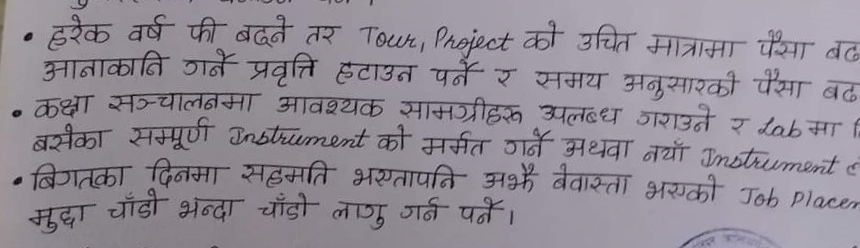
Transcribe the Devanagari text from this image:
हरेक वर्ष फी बढ्ने तर Tour, Project को उचित मात्रामा पैसा बढ्
आनाकानि गर्ने प्रवृत्ति हटाउन पर्ने र समय अनुसारको पैसा बढ्
कक्षा संचालनमा आवश्यक सामग्रीहरू उपलब्ध गराउने र Lab मा बि
बसेका सम्पूर्ण Instrument को मर्मत गर्ने अथवा नयाँ Instrument ह
विगतका दिनमा सहमति भएतापनि अझै बेवास्ता भएको Job Placemen
मुद्दा चाँडो भन्दा चाँडो लागु गर्न पर्ने ।